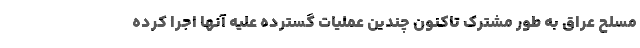
مسلح عراق به طور مشترک تاکنون چندین عملیات گسترده علیه آنها اجرا کرده